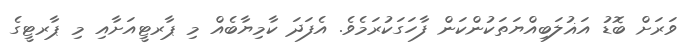
ވަރަށް ބޮޑު އަޣުލަބިއްޔަތަކުންކަން ފާހަގަކުރަމެވެ. އެފަދަ ކާމިޔާބެއް މި ޕާރޓީއަށާއި މި ޕާރޓީގެ